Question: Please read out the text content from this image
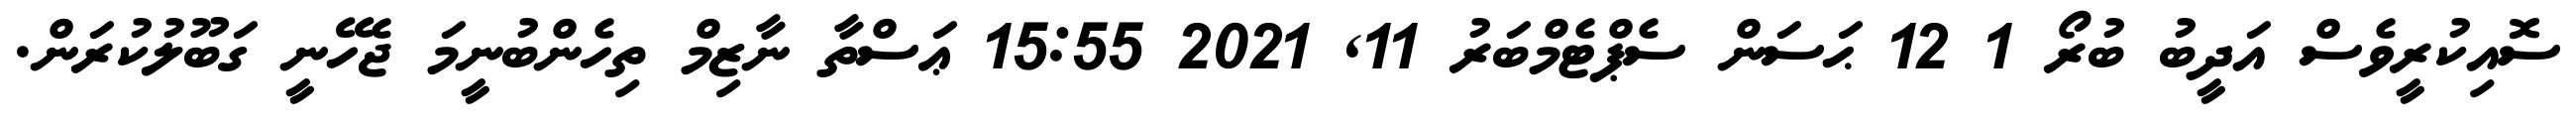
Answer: ސޮއިކުރީވެސް އަދީބު ބުރޯ 1 12 ޙަސަން ސެޕްޓެމްބަރު 11, 2021 15:55 ޢަސްތާ ނާޒިމް ތިހެންބުނީމަ ޖެހޭނީ ގަބޫލުކުރަން.